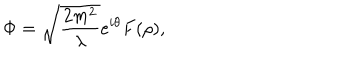
LaTeX: \Phi = \sqrt { \frac { 2 m ^ { 2 } } { \lambda } } e ^ { i \theta } F ( \rho ) ,